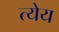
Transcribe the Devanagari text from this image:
त्येय